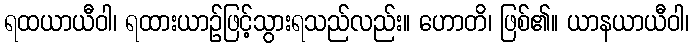
ရထယာယီဝါ၊ ရထားယာဉ်ဖြင့်သွားရသည်လည်း။ ဟောတိ၊ ဖြစ်၏။ ယာနယာယီဝါ၊